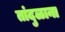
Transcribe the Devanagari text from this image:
तांदुळाना